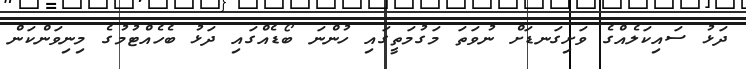
ދަޅު ސައިކަލެއްގެ ވަށިގަނޑަށް ނުވަތަ މަގުމަތީގައި ހުންނަ ބޯޑެއްގައި ދަޅު ބެހެއްޓުމުގެ މިނިވަންކަން